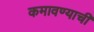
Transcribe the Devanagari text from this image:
कमावण्याची